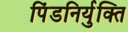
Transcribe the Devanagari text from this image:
पिंडनिर्युक्ति